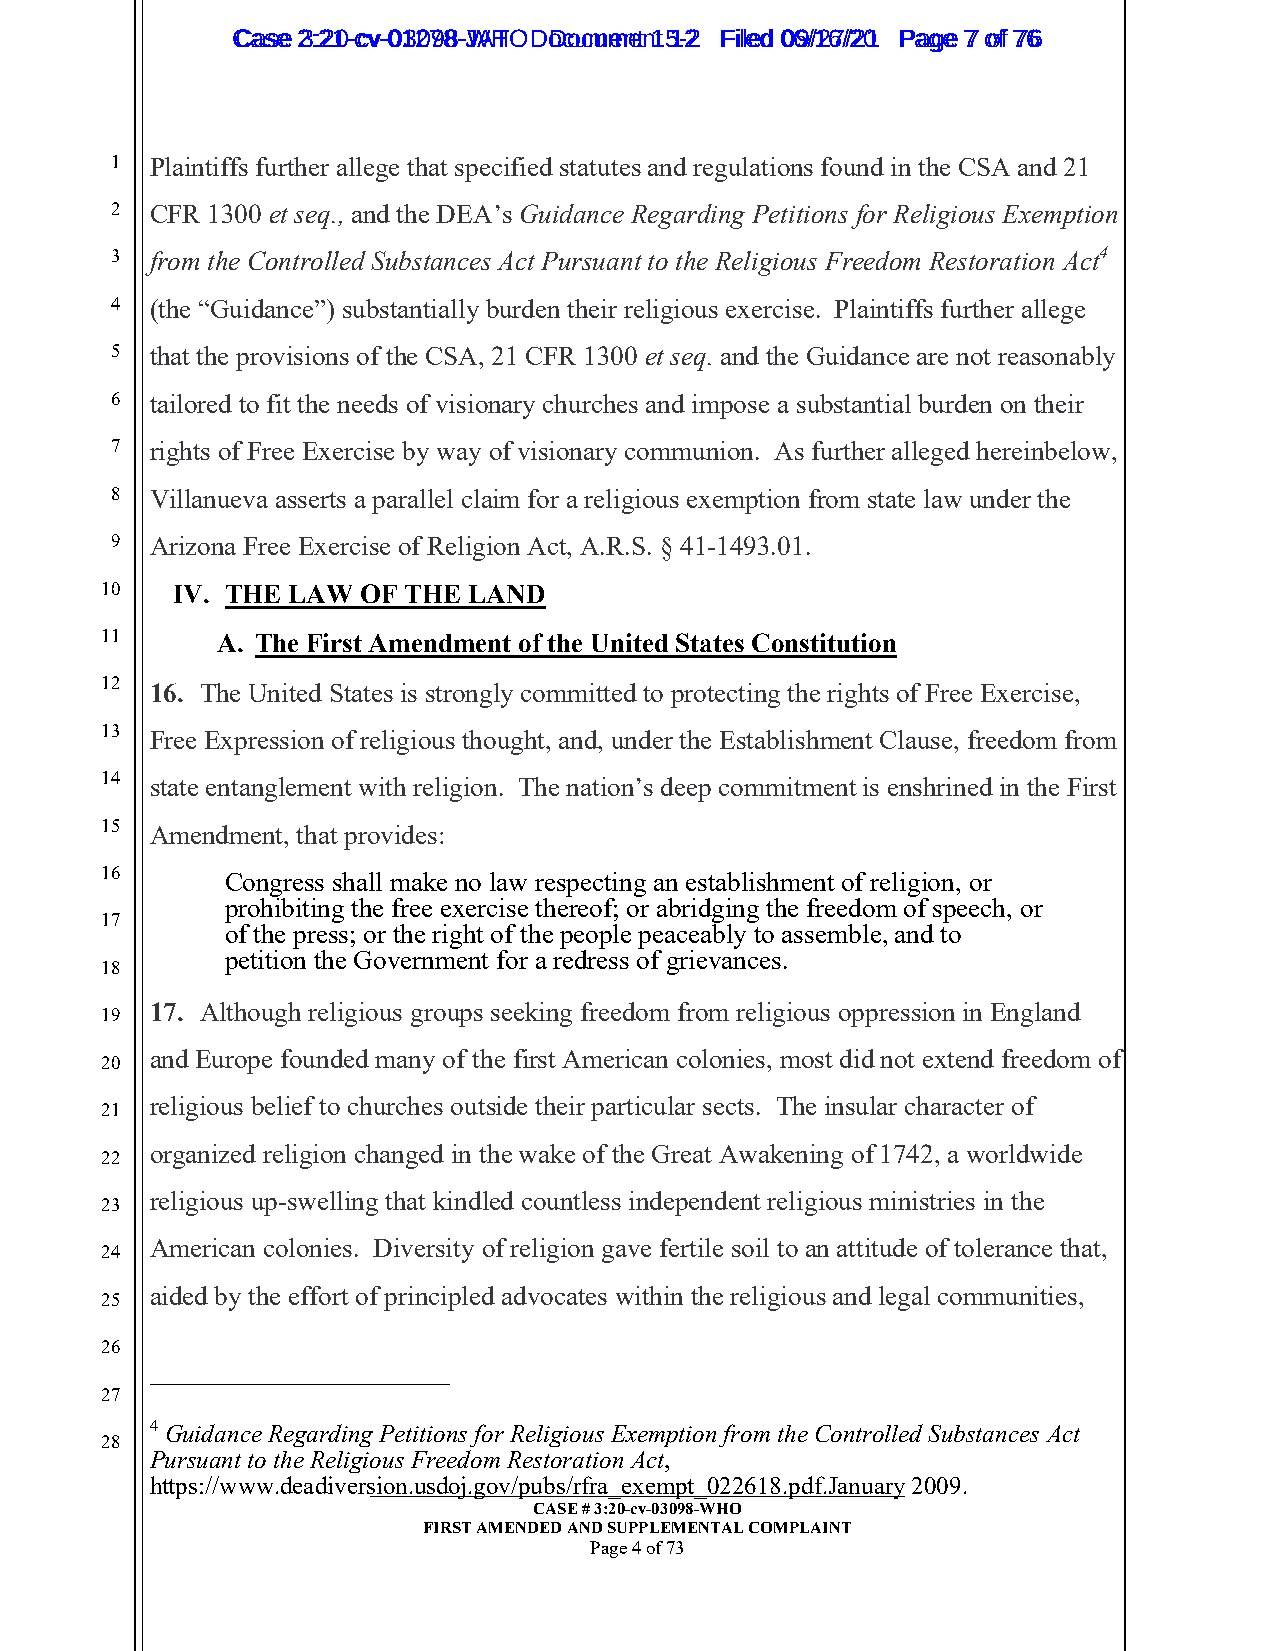
CCaassee 23::2210--ccvv--0013207988--JWAHT O D oDcoucmumenetn 1t 51-22 FFiilleedd 0069//1267//2201 PPaaggee 77 ooff 7766
 1  Plaintiffs further allege that specified statutes and regulations found in the CSA and 21
 2  CFR 1300 et seq., and the DEA’s Guidance Regarding Petitions for Religious Exemption
 3  from the Controlled Substances Act Pursuant to the Religious Freedom Restoration Act4
 4  (the “Guidance”) substantially burden their religious exercise. Plaintiffs further allege
 5  that the provisions of the CSA, 21 CFR 1300 et seq. and the Guidance are not reasonably
 6  tailored to fit the needs of visionary churches and impose a substantial burden on their
 7  rights of Free Exercise by way of visionary communion. As further alleged hereinbelow,
 8  Villanueva asserts a parallel claim for a religious exemption from state law under the
 9  Arizona Free Exercise of Religion Act, A.R.S. § 41-1493.01.
 10  IV. THE LAW  OF THE LAND
 11     A. The First Amendment of the United States Constitution
 12 16. The United States is strongly committed to protecting the rights of Free Exercise,
 13 Free Expression of religious thought, and, under the Establishment Clause, freedom from
 14 state entanglement with religion. The nation’s deep commitment is enshrined in the First
 15 Amendment, that provides:
 16      Congress shall make no law respecting an establishment of religion, or
 prohibiting the free exercise thereof; or abridging the freedom of speech, or
 17
 of the press; or the right of the people peaceably to assemble, and to
 petition the Government for a redress of grievances.
 18
 17. Although religious groups seeking freedom from religious oppression in England
 19
 and Europe founded many of the first American colonies, most did not extend freedom of
 20
 religious belief to churches outside their particular sects. The insular character of
 21
 organized religion changed in the wake of the Great Awakening of 1742, a worldwide
 22
 religious up-swelling that kindled countless independent religious ministries in the
 23
 American colonies. Diversity of religion gave fertile soil to an attitude of tolerance that,
 24
 aided by the effort of principled advocates within the religious and legal communities,
 25
 26
 27
 4
 Guidance Regarding Petitions for Religious Exemption from the Controlled Substances Act
 28
 Pursuant to the Religious Freedom Restoration Act,
 https://www.deadivers_i_o_n_._u_s__d_o_j_._g_o_v__/p__u_b_s_/_r_f_r_a___e_x__e_m__p_t___0__2_2_6__1_8_._p_d__f_.J_a__n_u_a_r_y_ 2009.
 CASE # 3:20-cv-03098-WHO
 FIRST AMENDED AND SUPPLEMENTAL COMPLAINT
 Page 4 of 73